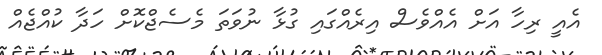
އެއީ ރިހާ އަށް އެއްވެސް އިރެއްގައި ގުޅާ ނުވަތަ މެސެޖްކޮށް ހަދާ ކުއްޖެއް